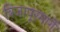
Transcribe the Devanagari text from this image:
विजापूरमार्गे